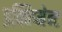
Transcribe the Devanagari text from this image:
इक्विप्मेन्ट